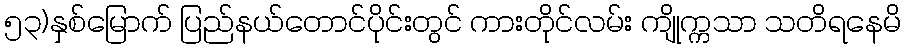
၅၃)နှစ်မြောက် ပြည်နယ်တောင်ပိုင်းတွင် ကားတိုင်လမ်း ကျိုက္ကသာ သတိရနေမိ